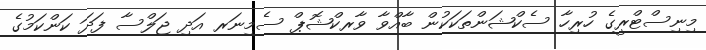
މިނިސްޓްރީގެ ހުރިހާ ސެކްޝަންތަކަކުން ބާއްވާ ވާރކްޝޮޕް ސެމިނަރ އަދި ޖަލްސާ ފަދަ ކަންކަމުގެ